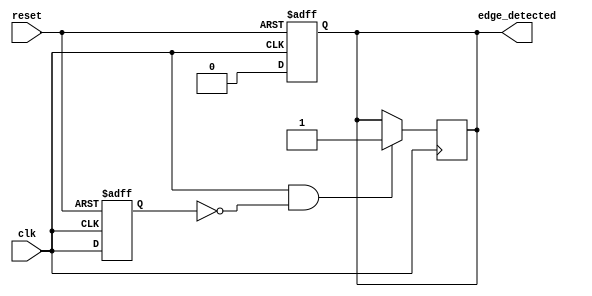
module edge_detector (
    input wire clk,              // Input signal to detect rising edge
    input wire reset,            // Asynchronous reset signal
    output reg edge_detected     // Output pulse for rising edge detection
);

    reg previous_state;          // Register to hold the previous state of the input signal

    // D Flip-Flop to sample the input signal on the positive edge of the clock
    always @(posedge clk or posedge reset) begin
        if (reset) begin
            previous_state <= 1'b0; // Initialize previous state to 0 on reset
            edge_detected <= 1'b0;   // Initialize output to 0 on reset
        end else begin
            previous_state <= clk;   // Sample the input signal
            edge_detected <= 1'b0;    // Reset edge_detected to 0
        end
    end

    // Edge detection logic
    always @(posedge clk) begin
        if (clk && !previous_state) begin
            edge_detected <= 1'b1; // Generate pulse on rising edge
        end
    end

endmodule